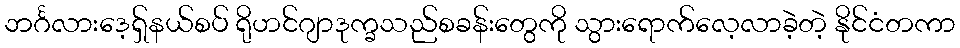
ဘင်္ဂလားဒေ့ရှ်နယ်စပ် ရိုဟင်ဂျာဒုက္ခသည်စခန်းတွေကို သွားရောက်လေ့လာခဲ့တဲ့ နိုင်ငံတကာ